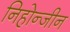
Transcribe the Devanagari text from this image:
निहोन्जीन